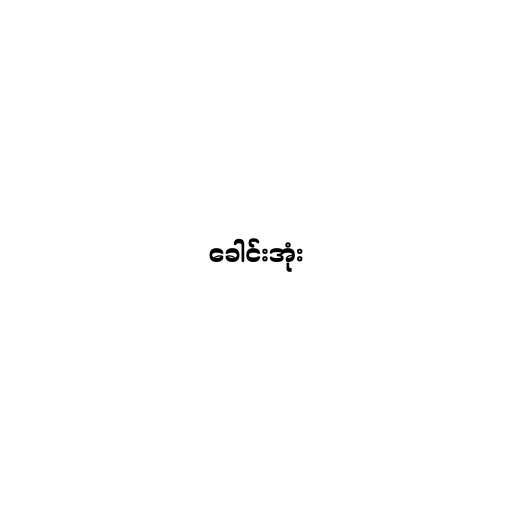
ခေါင်းအုံး